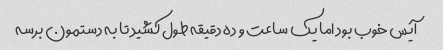
آیس خوب بود اما یک ساعت و ده دقیقه طول کشید تا به دستمون برسه